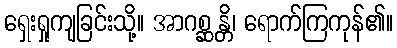
ရှေးရှုကျခြင်းသို့။ အာဂစ္ဆန္တိ၊ ရောက်ကြကုန်၏။